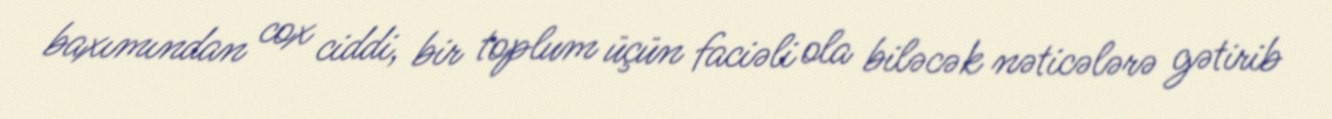
baxımından cox ciddi, bir toplum üçün faciəli ola biləcək nəticələrə gətirib